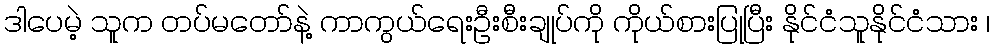
ဒါပေမဲ့ သူက တပ်မတော်နဲ့ ကာကွယ်ရေးဦးစီးချုပ်ကို ကိုယ်စားပြုပြီး နိုင်ငံသူနိုင်ငံသား ၊